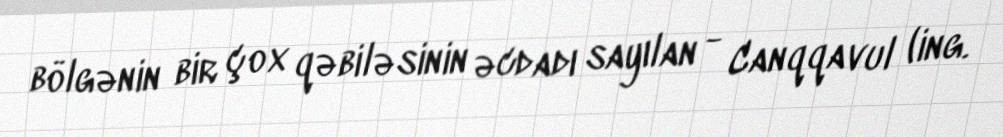
bölgənin bir çox qəbiləsinin əcdadı sayılan - Canqqavul (ing.